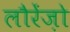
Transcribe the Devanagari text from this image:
लौरेंज़ो